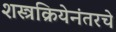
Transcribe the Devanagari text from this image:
शस्त्रक्रियेनंतरचे